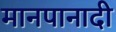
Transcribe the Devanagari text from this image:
मानपानादी